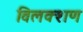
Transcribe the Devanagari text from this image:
विलक्शण